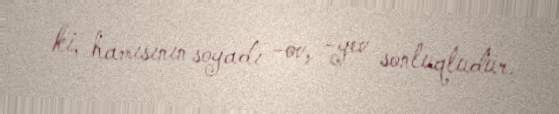
ki, hamısının soyadı -ov, -yev sonluqludur.